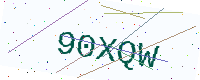
Text: 90XQW